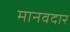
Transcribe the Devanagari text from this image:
मानवदार